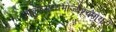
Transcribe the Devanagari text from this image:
सुपक्कैर्भक्ष्यभोज्यैश्चपायसैः